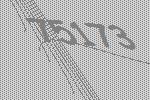
75173